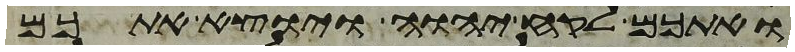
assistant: ואתכם לקח יהוה ויוצא אתכם